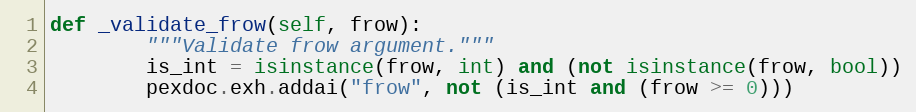
Language: Python
def _validate_frow(self, frow):
        """Validate frow argument."""
        is_int = isinstance(frow, int) and (not isinstance(frow, bool))
        pexdoc.exh.addai("frow", not (is_int and (frow >= 0)))